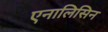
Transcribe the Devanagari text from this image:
एनालिसिन